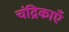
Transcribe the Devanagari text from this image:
चंद्रिकाएँ